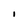
Character: I